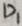
Text: D1